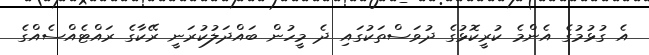
އެ ގުޅުމުގެ އެންމެ ކުރީކޮޅުގެ ދުވަސްތަކުގައި ދެ މީހުން ބައްދަލުކުރަނީ ރޭކާގެ ރައްޓެއްސެއްގެ